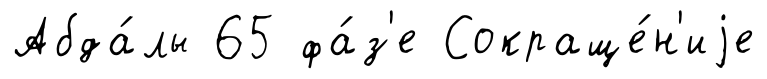
Абда́лы 65 фа́з'е Сокраще́н'иjе